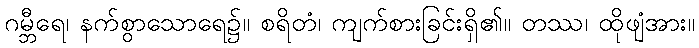
ဂမ္ဘီရေ၊ နက်စွာသောရေ၌။ စရိတံ၊ ကျက်စားခြင်းရှိ၏။ တဿ၊ ထိုဖျံအား။